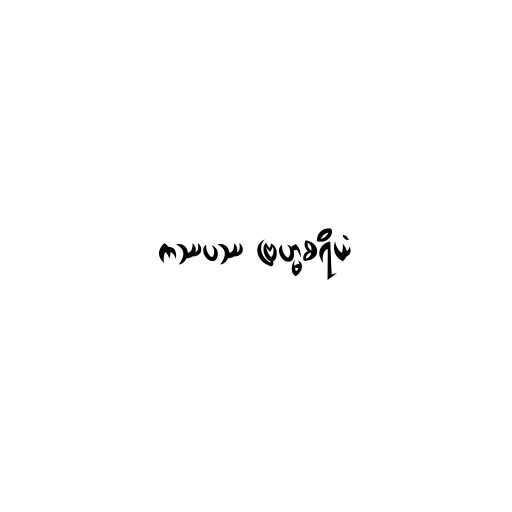
ကဿပဿ ဗြဟ္မစရိယံ